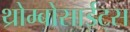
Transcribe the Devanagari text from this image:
थ्रोम्बोसाईट्स